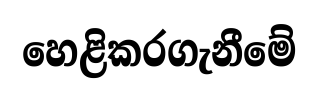
හෙළිකරගැනීමේ